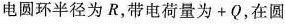
电圆环半径为R，带电荷量为+Q，在圆